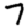
Digit: 7